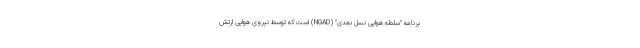
برنامه "سلطه هوایی نسل بعدی" (NGAD) است که توسط نیروی هوایی ارتش